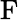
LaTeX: \mathrm{F}